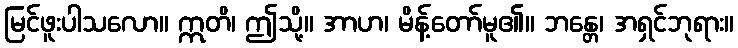
မြင်ဖူးပါသလော။ ဣတိ၊ ဤသို့။ အာဟ၊ မိန့်တော်မူ၏။ ဘန္တေ၊ အရှင်ဘုရား။